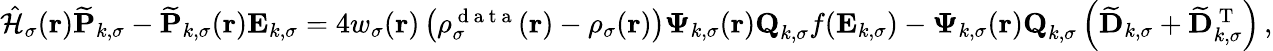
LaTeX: \begin{array}{r}{\hat{\mathcal{{H}}}_{\sigma}(\boldsymbol{\textbf{r}})\mathbf{\widetilde{P}}_{k,\sigma}-\mathbf{\widetilde{P}}_{k,\sigma}(\boldsymbol{\textbf{r}})\mathbf{E}_{k,\sigma}=4w_{\sigma}(\boldsymbol{\textbf{r}})\left(\rho_{\sigma}^{\mathrm{~d~a~t~a~}}(\boldsymbol{\textbf{r}})-\rho_{\sigma}(\boldsymbol{\textbf{r}})\right)\boldsymbol{\Psi}_{k,\sigma}(\boldsymbol{\textbf{r}})\textbf{Q}_{k,\sigma}f(\mathbf{E}_{k,\sigma})-\boldsymbol{\Psi}_{k,\sigma}(\boldsymbol{\textbf{r}})\textbf{Q}_{k,\sigma}\left(\mathbf{\widetilde{D}}_{k,\sigma}+\mathbf{\widetilde{D}}_{k,\sigma}^{\mathrm{~T~}}\right)\, ,}\end{array}